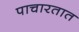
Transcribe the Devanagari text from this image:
पाचारतात